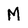
Character: M